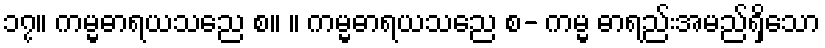
၁၇။ ကမ္မဓာရယသညေ စ။ ။ ကမ္မဓာရယသညေ စ- ကမ္မ ဓာရည်းအမည်ရှိသော